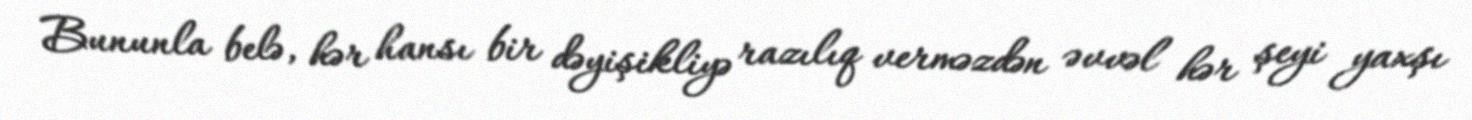
Bununla belə, hər hansı bir dəyişikliyə razılıq verməzdən əvvəl hər şeyi yaxşı